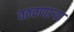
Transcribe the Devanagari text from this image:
वठवणार्‍या